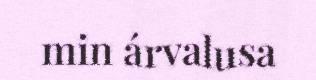
min árvalusa